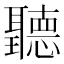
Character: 聽